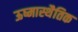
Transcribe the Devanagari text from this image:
ऊष्मास्थैतिक